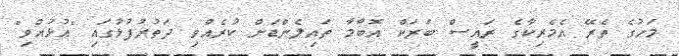
މަހުގެ ތެރޭ އެމެރިކާގެ ރައީސް ބަރަކް އޮބާމާ ތައިލެންޑަށް ކުރެއްވި ދަތުރުފުޅުގައި "އުޅުއްވި"